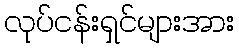
လုပ်ငန်းရှင်များအား